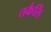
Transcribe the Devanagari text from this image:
तर्कर्लि